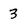
Character: 3